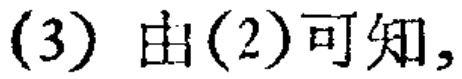
(3) 由(2)可知,